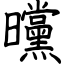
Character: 曭